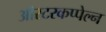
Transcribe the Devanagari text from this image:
ऑस्टरकप्पेल्न